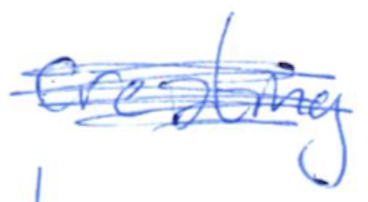
Text: creating
Cross-out: scratch
Writing tool: ballpoint